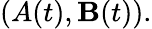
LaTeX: (A(t),\mathbf{B}(t)).